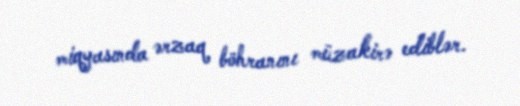
miqyasında ərzaq böhranını müzakirə ediblər.